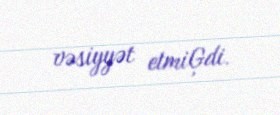
vəsiyyət etmiĢdi.